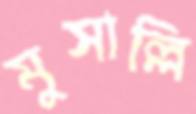
মুসাল্লি